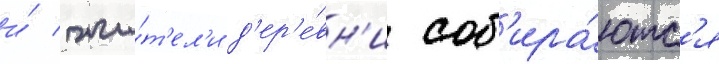
и́ жи́т'ел'и д'ер'е́вн'и соб'ира́ютс'я